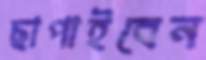
ছাপাইবেন